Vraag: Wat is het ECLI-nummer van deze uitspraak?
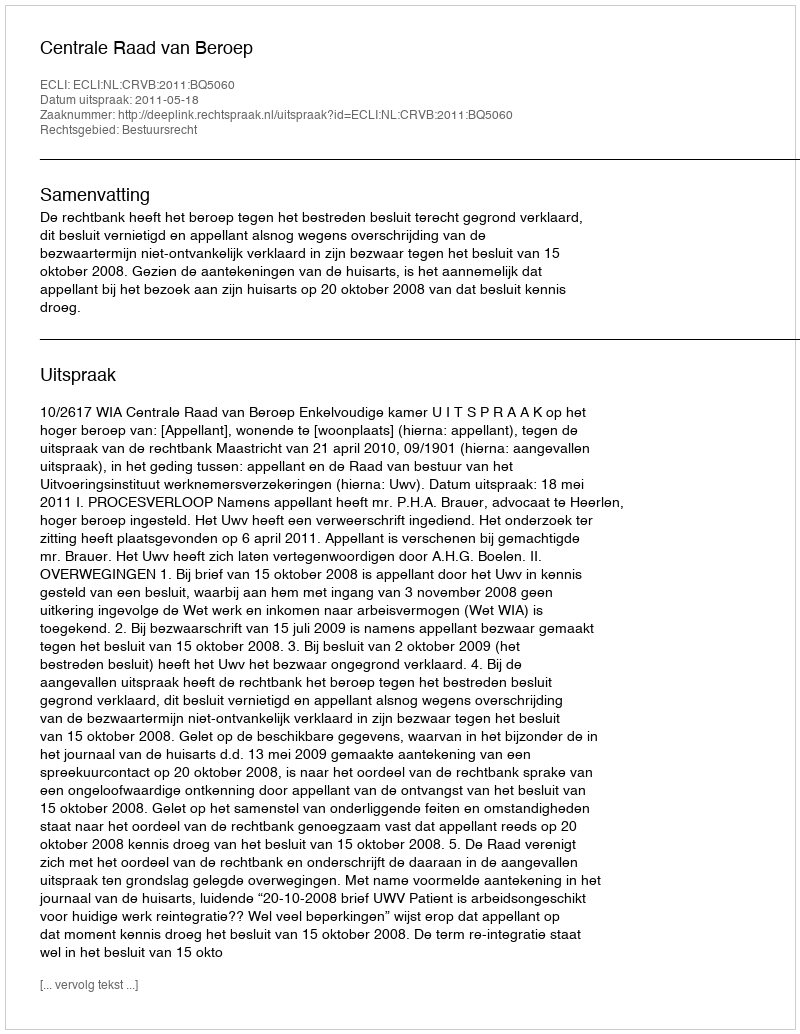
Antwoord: ECLI:NL:CRVB:2011:BQ5060